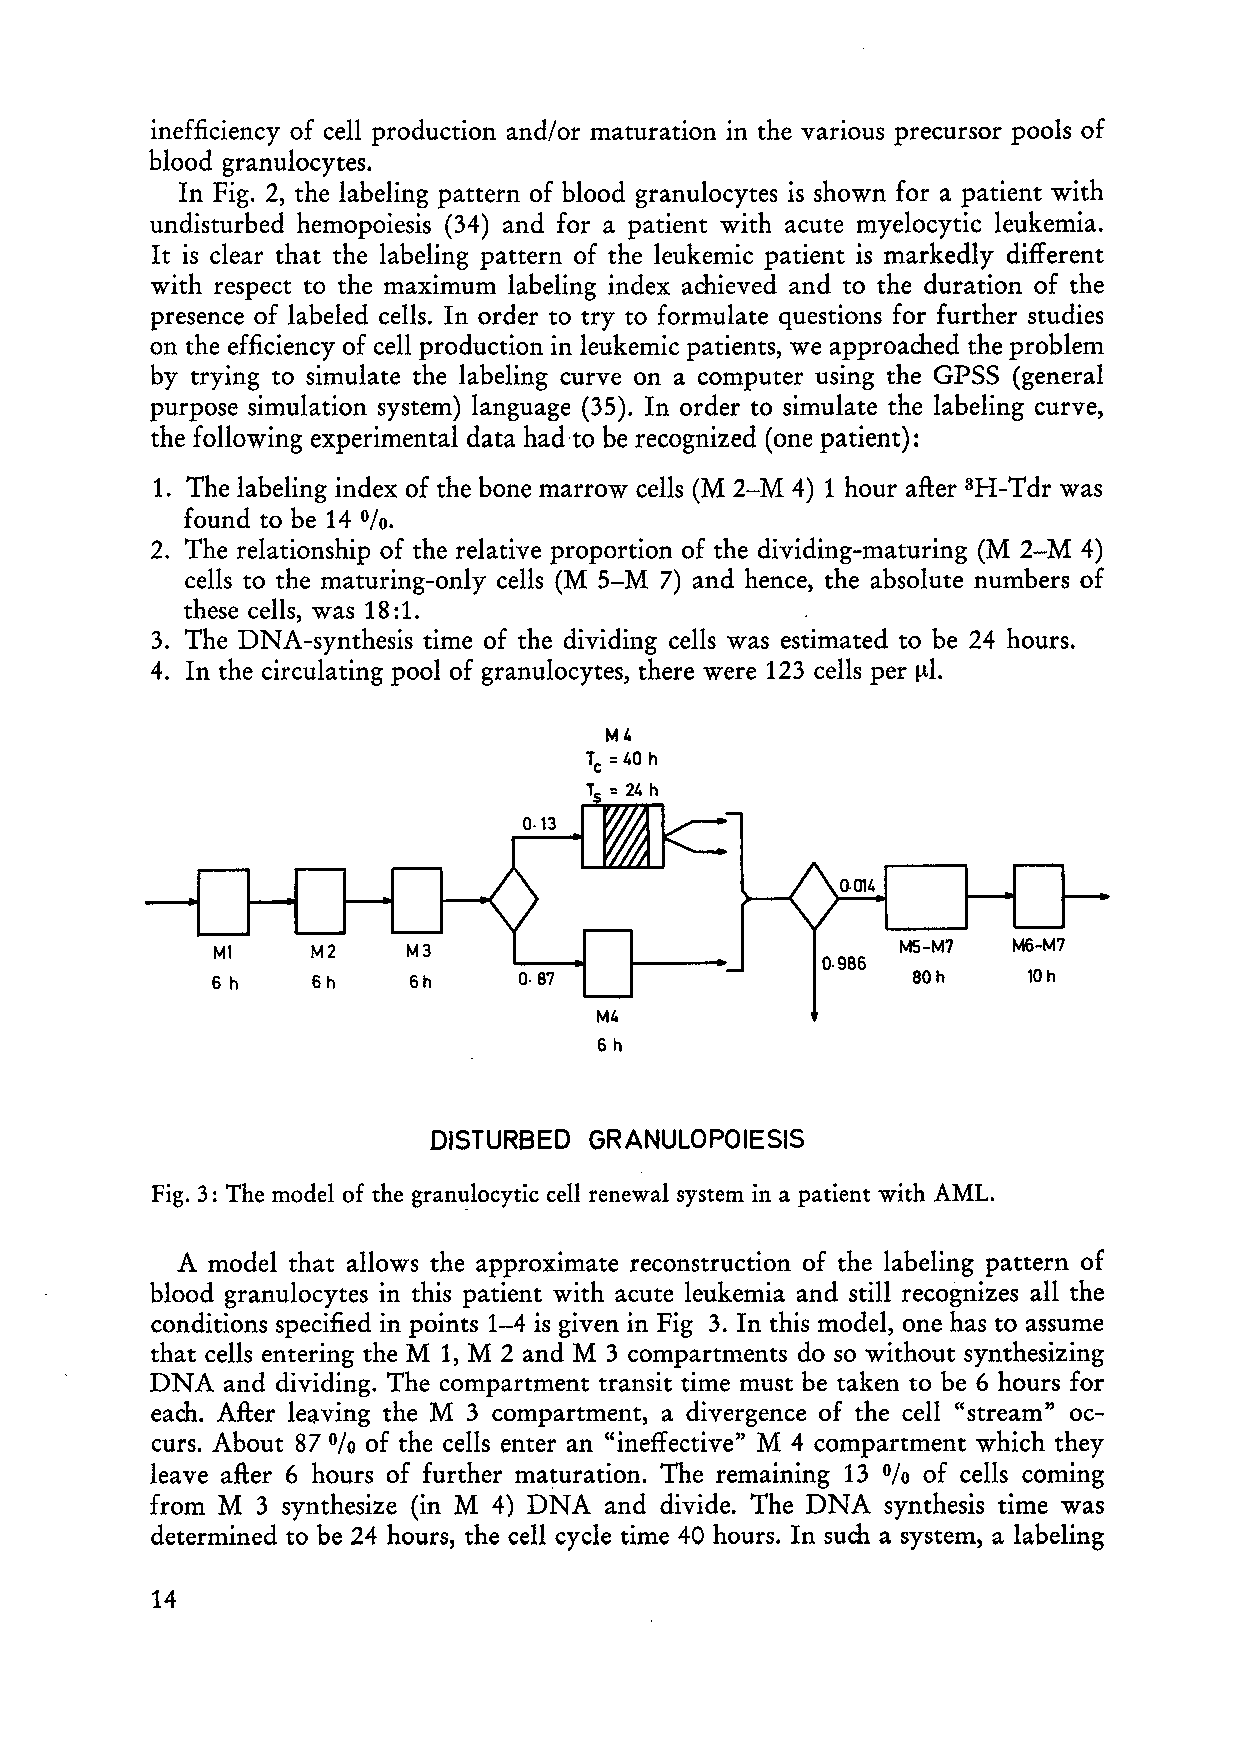
inefficiency of ceIl production and/or maturation in the various precursor pools of
 blood granulocytes.
 In Fig. 2, the labeling pattern of blood granulocytes is shown for a patient with
 undisturbed hemopoiesis (34) and for a patient with acute myelocytic leukemia.
 It is dear that the labeling pattern of the leukemic patient is markedly different
 with respect to the maximum labeling index achieved and to the duration of the
 presence of labeled ceIls. In order to try to formulate questions for further studies
 on the efficiency of ceIl production in leukemic patients, we approached the problem
 by trying to simulate the labeling curve on a computer using the GPSS (general
 purpose simulation system) language (35). In order to simulate the labeling curve,
 the following experimental data had to be recognized (one patient):
 1. The labeling index of the bone marrow cells (M 2-M 4) 1 hour after 3H-Tdr was
 found to be 14 0/0.
 2. The relationship of the relative proportion of the dividing-maturing (M 2-M 4)
 ceIls to the maturing-only cells (M 5-M 7) and hence, the absolute numbers of
 these cells, was 18: 1.
 3. The DNA-synthesis time of the dividing cells was estimated to be 24 hours.
 4. In the circulating pool of granulocytes, there were 123 cells per ",,1.
 M4
 Tc = 40 h
 M5-M7  M6-M7
 6 h    6h    6h     O. 87                     aOh     10 h
 M4
 6h
 DISTURBED  GRANULOPOIESIS
 Fig. 3: The model of the granulocytic cell renewal system in a patient with AML.
 A model that allows the approximate reconstruction of the labeling pattern of
 blood granulocytes in this patient with acute leukemia and still recognizes all the
 conditions specified in points 1-4 is given in Fig 3. In this model, one has to assurne
 that ceIls entering the M 1, M 2 and M 3 compartments do so without synthesizing
 DNA  and dividing. The compartment transit time must be taken to be 6 hours for
 each. After leaving the M 3 compartment, a divergence of the ceIl "stream" oc
 curs. About 87 of the cells enter an "ineffective" M 4 compartment which they
 %
 leave after 6 hours of further maturation. The remaining 13 of cells coming
 %
 from M 3 synthesize (in M 4) DNA and divide. The DNA synthesis time was
 determined to be 24 hours, the eell eyde time 40 hours. In such a system, a labeling
 14